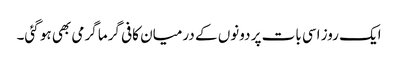
ایک روز اسی بات پر دونوں کے درمیان کافی گرما گرمی بھی ہو گئی۔